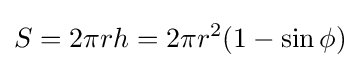
S=2\pi rh=2\pi r^{2}(1-\sin \phi )